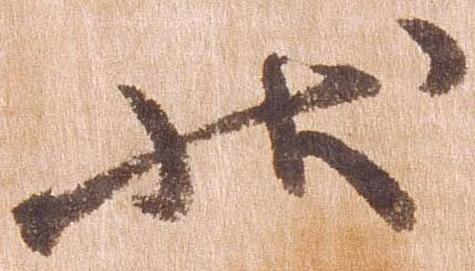
状